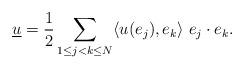
LaTeX: \begin{align*}\underline{u}=\frac{1}{2}\sum_{1\leq j<k\leq N}\langle u(e_j),e_k\rangle\ e_j\cdot e_k.\end{align*}